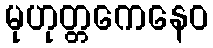
မုဟုတ္တကေနေဝ